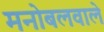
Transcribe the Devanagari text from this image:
मनोबलवाले